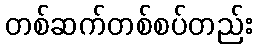
တစ်ဆက်တစ်စပ်တည်း